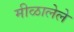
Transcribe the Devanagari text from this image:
मीळालेले